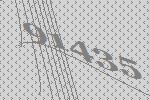
91435